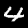
Digit: 4